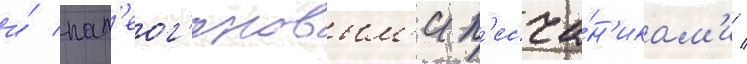
и́ пал'еог'еновым'и п'есча́н'икам'и /